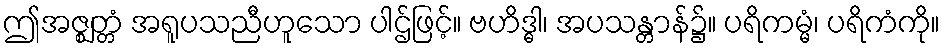
ဤအဇ္ဈတ္တံ အရူပသညီဟူသော ပါဌ်ဖြင့်။ ဗဟိဒ္ဓါ၊ အပသန္တာန်၌။ ပရိကမ္မံ၊ ပရိကံကို။